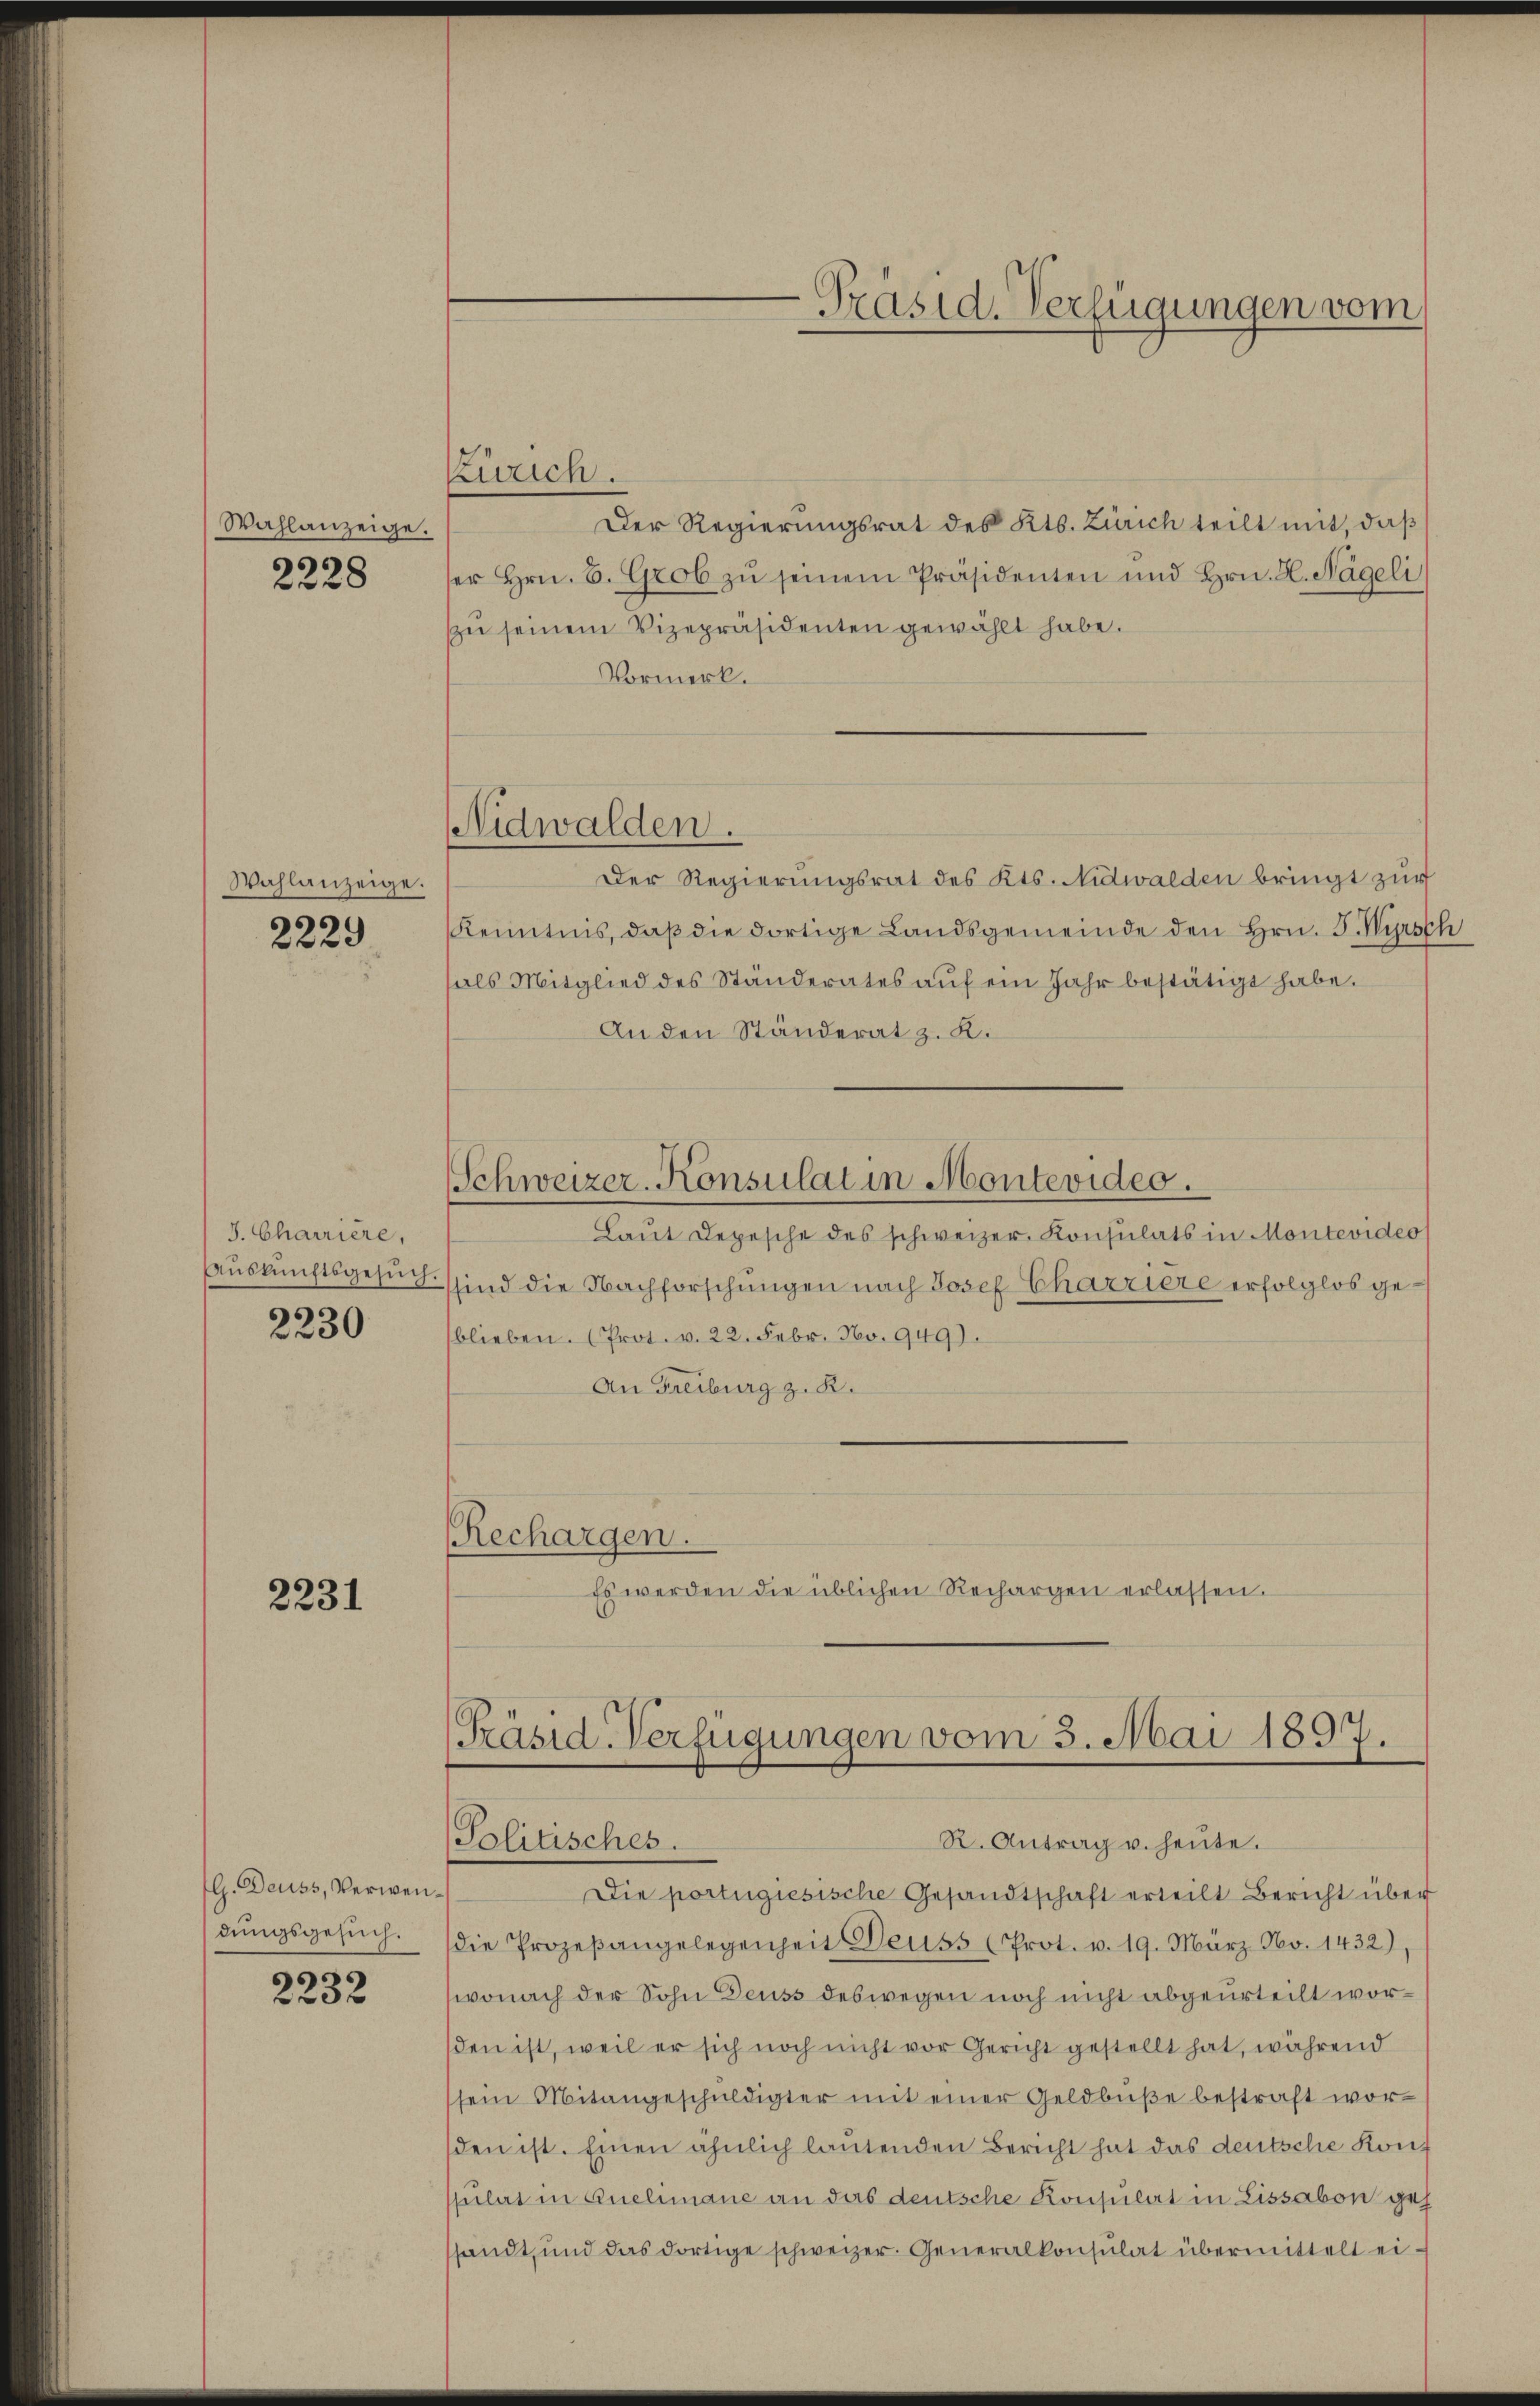
Wahlanzeige.

2228

Wahlanzeige.
s

2229

J. Charriere,
Aŭskŭnftsgesŭch.

2230

2231

G. Deuss, Verwendungsgesuch.

2232

Der Regierungsrat des Kts. Zürich teilt mit, daß
ser Hrn. B. Grob zŭ seinem Präsidenten und Hrn. H. Nägeli
zŭ seinem Vizepräsidenten gewählt habe.
Vormerk.
Der Regierungsrat des Kts. Nidwalden bringt zur
Kenntnis, daß die dortige Landsgemeinde den Hrn. F. Wyrsch
als Mitglied des Ständerates aŭf ein Jahr bestätigt habe.
An den Ständerat z. K.
Schweizer-Konsulat in Montevideo.
Laŭt Depesche des schweizer. Konsulats in Montevideo
ssind die Nachforschungen nach Josef Charriere erfolglos geblieben. (Prot. v. 22. Febr. No. 949).
An Freiburg z. B.
Rechargen.
Es werden die üblichen Rechargen erlassen.

Zürich.

Nidwalden.

Präsid. Verfügungen vom

Präsid-Verfügungen vom 5. Mai 1897.
Politisches.
R. Antrag u. heute.

Die portugiesische Gesandtschaft erteilt Bericht über
die Prozeβangelegenheit Deuss (Prot. v. 19. März No. 1432),
wonach der Sohn Deuss deswegen noch nicht abgeurteilt worden ist, weil er sich noch nicht vor Gericht gestellt hat, während
sein Mitangeschŭldigter mit einer Geldbuße bestraft worden ist. Einen ähnlich lautenden Bericht hat das deutsche Konpilat in Quelmanne an das deutsche Konsulat in Lissabon gessandt, und das dortige schweizer. Generalkonsulat übermittelt ei¬